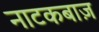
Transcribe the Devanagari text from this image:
नाटकबाज़